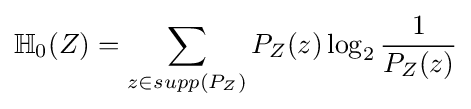
\mathbb {H} _{0}(Z)=\sum _{z\in supp(P_{Z})}P_{Z}(z)\log _{2}{\frac {1}{P_{Z}(z)}}